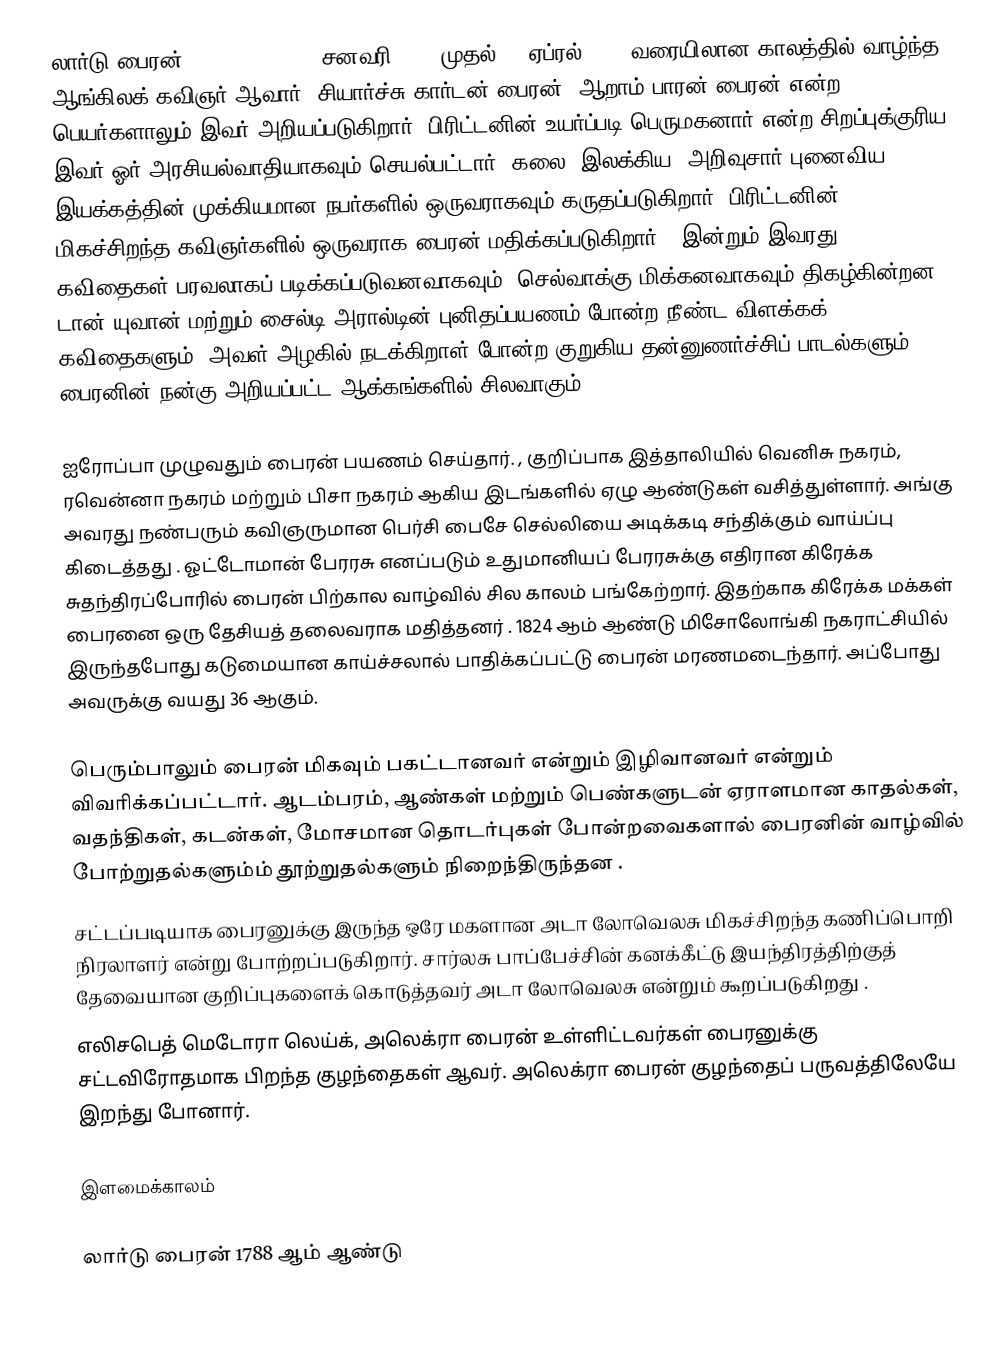
லார்டு பைரன் (Lord Byron) 22 சனவரி 1788 முதல் 19 ஏப்ரல் 1824 வரையிலான காலத்தில் வாழ்ந்த ஆங்கிலக் கவிஞர் ஆவார். சியார்ச்சு கார்டன் பைரன், ஆறாம் பாரன் பைரன் என்ற பெயர்களாலும் இவர் அறியப்படுகிறார். பிரிட்டனின் உயர்ப்படி பெருமகனார் என்ற சிறப்புக்குரிய இவர் ஓர் அரசியல்வாதியாகவும் செயல்பட்டார். கலை, இலக்கிய, அறிவுசார் புனைவிய இயக்கத்தின் முக்கியமான நபர்களில் ஒருவராகவும் கருதப்படுகிறார். பிரிட்டனின் மிகச்சிறந்த கவிஞர்களில் ஒருவராக பைரன் மதிக்கப்படுகிறார் . இன்றும் இவரது கவிதைகள் பரவலாகப் படிக்கப்படுவனவாகவும், செல்வாக்கு மிக்கனவாகவும் திகழ்கின்றன. டான் யுவான் மற்றும் சைல்டி அரால்டின் புனிதப்பயணம் போன்ற நீண்ட விளக்கக் கவிதைகளும், அவள் அழகில் நடக்கிறாள் போன்ற குறுகிய தன்னுணர்ச்சிப் பாடல்களும் பைரனின் நன்கு அறியப்பட்ட ஆக்கங்களில் சிலவாகும்.

ஐரோப்பா முழுவதும் பைரன் பயணம் செய்தார். , குறிப்பாக இத்தாலியில் வெனிசு நகரம், ரவென்னா நகரம் மற்றும் பிசா நகரம் ஆகிய இடங்களில் ஏழு ஆண்டுகள் வசித்துள்ளார். அங்கு அவரது நண்பரும் கவிஞருமான பெர்சி பைசே செல்லியை அடிக்கடி சந்திக்கும் வாய்ப்பு கிடைத்தது . ஓட்டோமான் பேரரசு எனப்படும் உதுமானியப் பேரரசுக்கு எதிரான கிரேக்க சுதந்திரப்போரில் பைரன் பிற்கால வாழ்வில் சில காலம் பங்கேற்றார். இதற்காக கிரேக்க மக்கள் பைரனை ஒரு தேசியத் தலைவராக மதித்தனர் . 1824 ஆம் ஆண்டு மிசோலோங்கி நகராட்சியில் இருந்தபோது கடுமையான காய்ச்சலால் பாதிக்கப்பட்டு பைரன் மரணமடைந்தார். அப்போது அவருக்கு வயது 36 ஆகும்.

பெரும்பாலும் பைரன் மிகவும் பகட்டானவர் என்றும் இழிவானவர் என்றும் விவரிக்கப்பட்டார். ஆடம்பரம், ஆண்கள் மற்றும் பெண்களுடன் ஏராளமான காதல்கள், வதந்திகள்,   கடன்கள்,  மோசமான தொடர்புகள் போன்றவைகளால் பைரனின் வாழ்வில் போற்றுதல்களும்ம் தூற்றுதல்களும்  நிறைந்திருந்தன .
சட்டப்படியாக பைரனுக்கு இருந்த ஒரே மகளான  அடா லோவெலசு மிகச்சிறந்த கணிப்பொறி நிரலாளர் என்று போற்றப்படுகிறார். சார்லசு பாப்பேச்சின் கனக்கீட்டு இயந்திரத்திற்குத் தேவையான குறிப்புகளைக் கொடுத்தவர் அடா லோவெலசு என்றும் கூறப்படுகிறது .
எலிசபெத் மெடோரா லெய்க், அலெக்ரா பைரன் உள்ளிட்டவர்கள் பைரனுக்கு சட்டவிரோதமாக பிறந்த குழந்தைகள் ஆவர். அலெக்ரா பைரன் குழந்தைப் பருவத்திலேயே இறந்து போனார்.

இளமைக்காலம்

லார்டு பைரன் 1788 ஆம் ஆண்டு